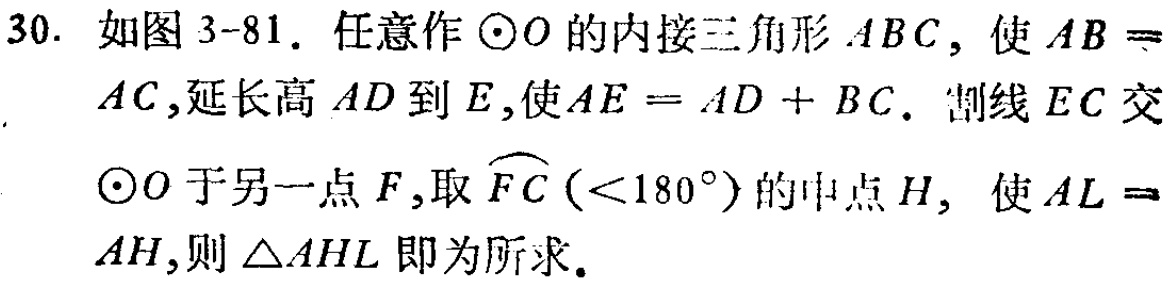
30. 如图 3-81. 任意作$\odot O$的内接三角形$ABC$，使$AB = AC$，延长高$AD$到$E$，使$AE = AD + BC$. 割线$EC$交$\odot O$于另一点$F$，取$\overset{\frown}{FC}(< 180^{\circ})$的中点$H$，使$AL = AH$，则$\triangle AHL$即为所求.